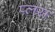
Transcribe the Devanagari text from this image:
प्‍लस